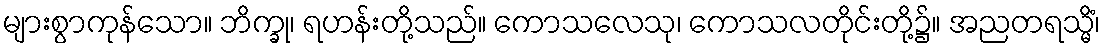
များစွာကုန်သော။ ဘိက္ခု၊ ရဟန်းတို့သည်။ ကောသလေသု၊ ကောသလတိုင်းတို့၌။ အညတရသ္မိံ၊